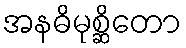
အနဓိမုစ္ဆိတော